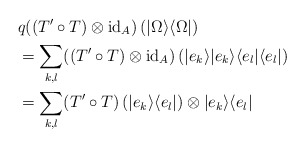
\begin{align*}&q((T'\circ T) \otimes \mathrm{id}_{A})\left(|\Omega\rangle\langle\Omega|\right)\\&=\sum_{k,l}((T'\circ T) \otimes \mathrm{id}_{A})\left(|e_k\rangle|e_k\rangle\langle e_l|\langle e_l|\right)\\&=\sum_{k,l}(T'\circ T) \left(|e_k\rangle\langle e_l|\right)\otimes |e_k\rangle\langle e_l|\\\end{align*}